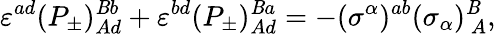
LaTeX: \varepsilon^{ad}(P_{\pm})_{Ad}^{\mathit{B}b}+\varepsilon^{bd}(P_{\pm})_{Ad}^{\mathit{B}a}=-(\sigma^{\alpha})^{ab}(\sigma_{\alpha})_{~A}^{\mathit{B}},\,